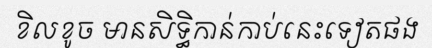
ខិលខូច មានសិទ្ធិកាន់កាប់នេះទៀតផង